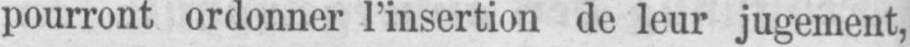
pourront ordonner l’insertion de leur jugement,